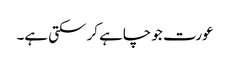
عورت جو چاہے کر سکتی ہے۔